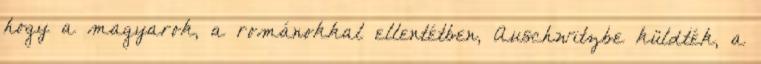
hogy a magyarok, a románokkal ellentétben, Auschwitzbe küldték, a